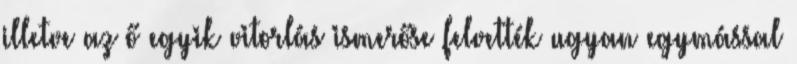
illetve az ő egyik vitorlás ismerőse felvették ugyan egymással